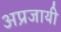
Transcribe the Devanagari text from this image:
अप्रजायी